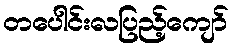
တပေါင်းလပြည့်ကျော်